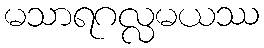
မသာရဂလ္လမယဿ